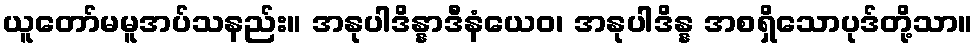
ယူတော်မမူအပ်သနည်း။ အနုပါဒိန္နာဒီနံယေဝ၊ အနုပါဒိန္န အစရှိသောပုဒ်တို့သာ။